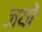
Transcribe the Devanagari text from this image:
जयों